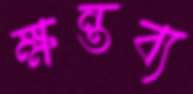
ক্ষন্তব্য